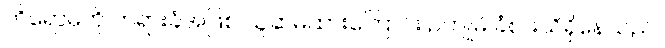
ဟိရောမိကို တရားခံအဖြစ် ယူဆမထားကြောင်း ဥကျုမိ ခံစားသိရှိနေသည်။